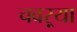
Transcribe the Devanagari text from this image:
चवऱ्या